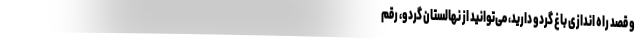
و قصد راه اندازی باغ گردو دارید، می‌­توانید از نهالستان گردو، رقم